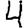
Digit: 4